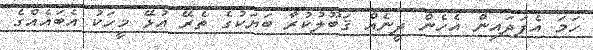
ހަމަ އެފަދައިން އެހެން ދީނެއް ޤަބޫލުކުރާ ބަޔަކުގެ ތެރޭ އުޅޭ މީހަކު އެބައެއްގެ